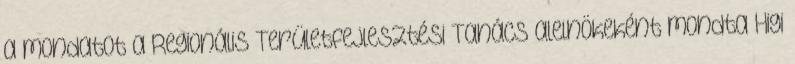
a mondatot a Regionális Területfejlesztési Tanács alelnökeként mondta Higi